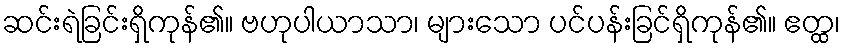
ဆင်းရဲခြင်းရှိကုန်၏။ ဗဟုပါယာသာ၊ များသော ပင်ပန်းခြင်ရှိကုန်၏။ ဧတ္ထ၊